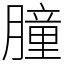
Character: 朣